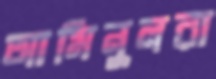
আমিনুলরা